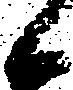
候